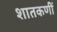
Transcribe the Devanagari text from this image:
शातकणीं